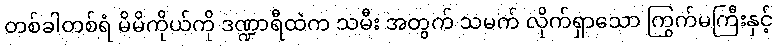
တစ်ခါတစ်ရံ မိမိကိုယ်ကို ဒဏ္ဍာရီထဲက သမီး အတွက် သမက် လိုက်ရှာသော ကြွက်မကြီးနှင့်